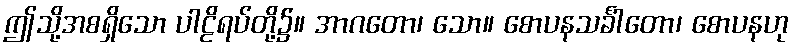
ဤသို့အစရှိသော ပါဠိရပ်တို့၌။ အာဂတော၊ သော။ စောပနသင်္ခါတော၊ စောပနဟု